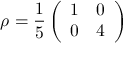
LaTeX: \rho = \frac { 1 } { 5 } \left( \begin{array} { c c } { { 1 } } & { { 0 } } \\ { { 0 } } & { { 4 } } \end{array} \right)